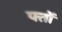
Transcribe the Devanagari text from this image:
फ्तों